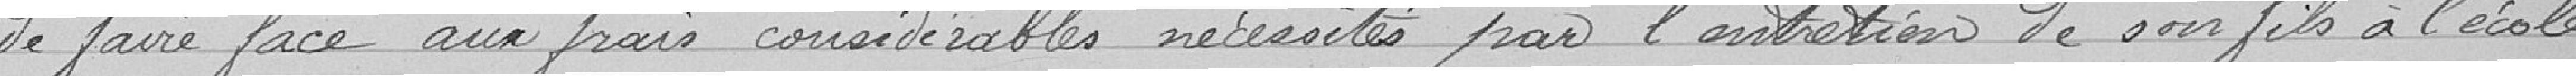
de faire face aux frais considérables nécessités par l'entretien de son fils à l'école